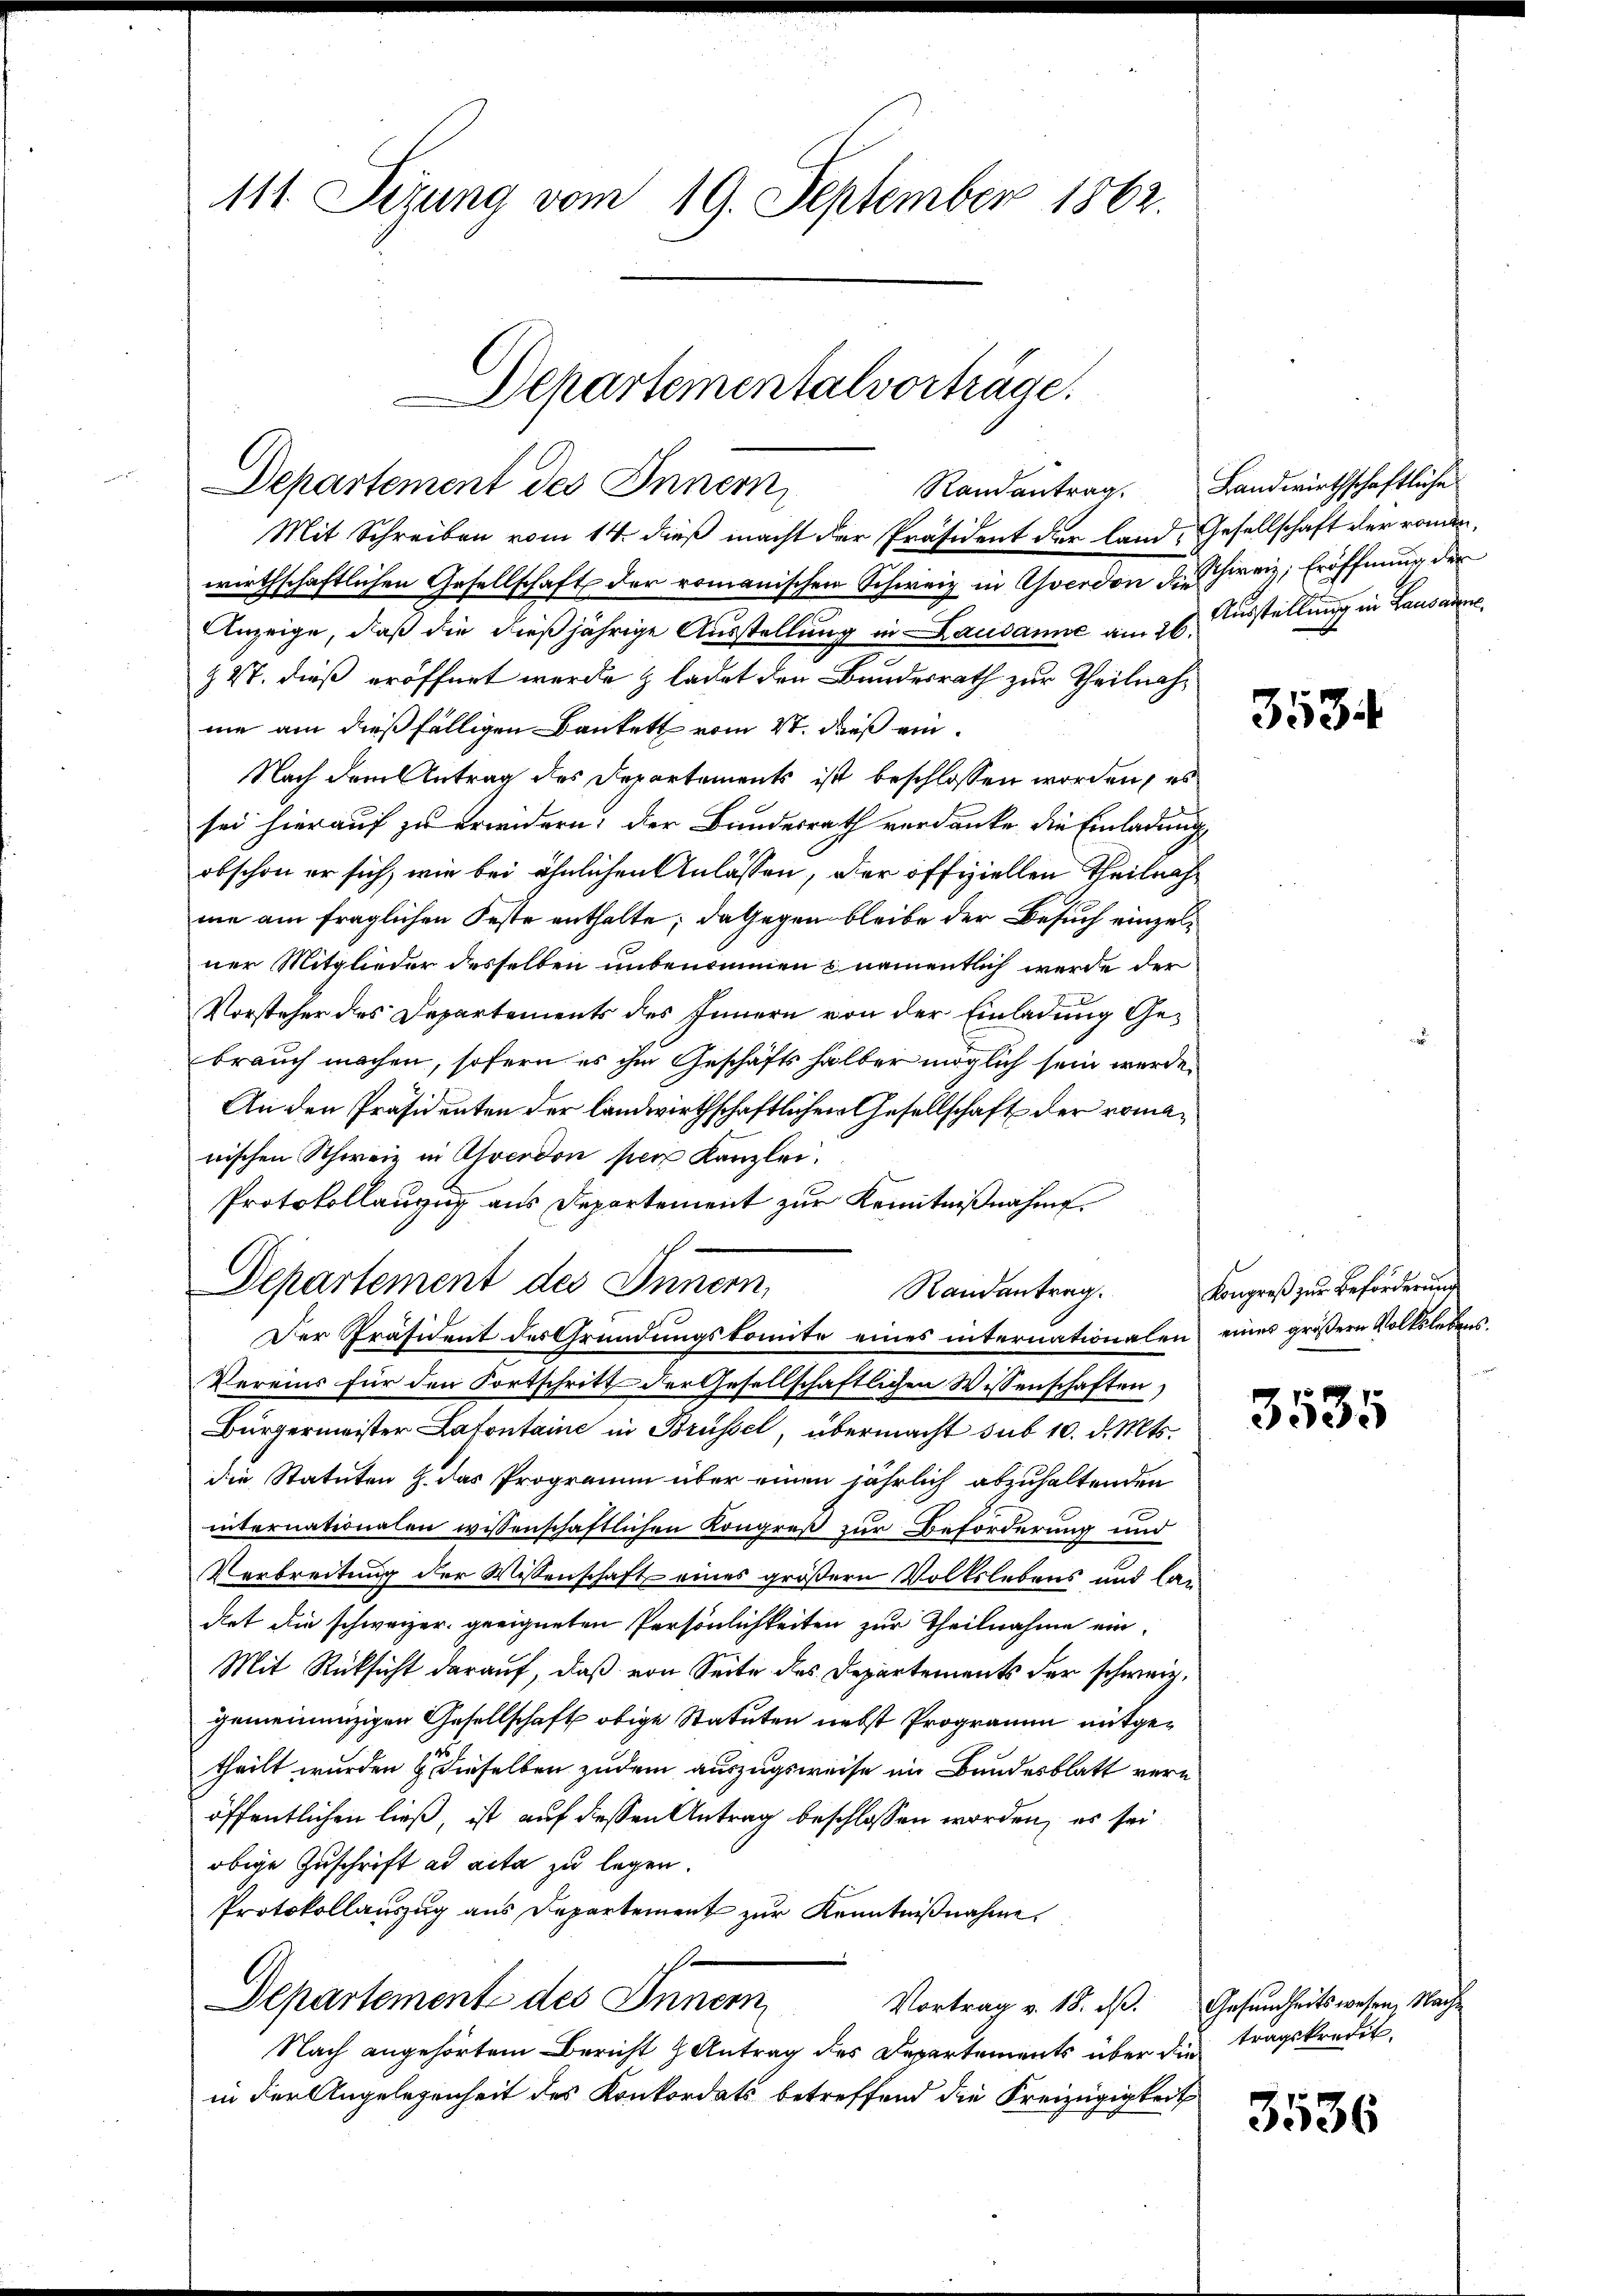
111. Setzung vom 19. September 1862.

Mit Schreiben vom 14. dieß macht der Präsident der Land, Gesellschaft der roman,
wirthschaftlichen Gesellschaft der romanischen Schweiz in verdon Ahren, Eröffnung der
Anzeige, daß die dießjährige Ausstellung in Lausanne am 26. Ausstellung in Lausanne
Z 27. dieß eröffnet werde & ladet den Bundesrath zur Theilnahme am dießfälligen Bankett vom 4t. dieß ein
Nach dem Antrag des Departements ist beschlossen worden, es
sei hierauf zu erwidern; der Bundesrath verdanke die Einladung
obschon er sich, wie bei ähnlichen Anlassen, der offiziellen Theilnahme am fraglichen Feste enthalte; dagegen bleibe der Besuch einzelner Mitglieder desselben unbenommen & namentlich werde der
Vorsteher des Departements des Innern von der Einladung Gebrauch machen, sofern es ihm Geschäfts halber möglich sein werde.
An den Präsidenten der landwirthschaftlichen Gesellschaft der romanischen Schweiz in Ahverdon per Kanzlei.
Protokollauzug aus Departement zur Kenntnißnahme.
Departement des Innern,
Randantrag.
Der Präsident des Gründungskomite eines internationalen eines größern Volkslebens¬
Vereins für den Fortschritt der Gesellschaftlichen Wissenschaften,
Bürgermeister Latontaine in Brüssel, übermacht sub 10. d. Mts.
die Statuten Z. das Programm über einen jährlich abzuhaltenden
internationalen wissenschaftlichen Kongreß zur Beforderung und
Verbreitung der Wissenschaft eines größern Volkslebens und lan
det die schweizer geeigneten Persönlichkeiten zur Theilnahme ein¬
Mit Rücksicht darauf, daß von Seite des Departements der schweiz.
gemeinenzigen Gesellschaft obige Statuten nebst Programm mitgetheilt wurden u. dieselben zudem auszugsweise im Bundesblatt vern
öffentlichen ließ, ist auf diessen Antrag beschlossen worden, es sei
obige Zuschrift ad acta zu legen.
Protokollauszug aus Departement zur Kenntnißnahme
Departement des Innern
Vortrag v. 18. ds. Gesundheitswesen, Nach¬
Nach angehörtem Bericht Antrag des Departements über die
in der Angelegenheit des Konkordats betreffend die Freizügigkeit

Departementalvorträge.
Departement des Innern,

Randantrag. Landwirthschaftliche

3534

Congreß zur Beförderunge

3535

tragskredit.

3536